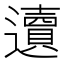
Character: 䢱